Annual report of the Punjab Veterinary College and of the Civil Veterinary Department, Punjab - 1920-1925
Year: 1920
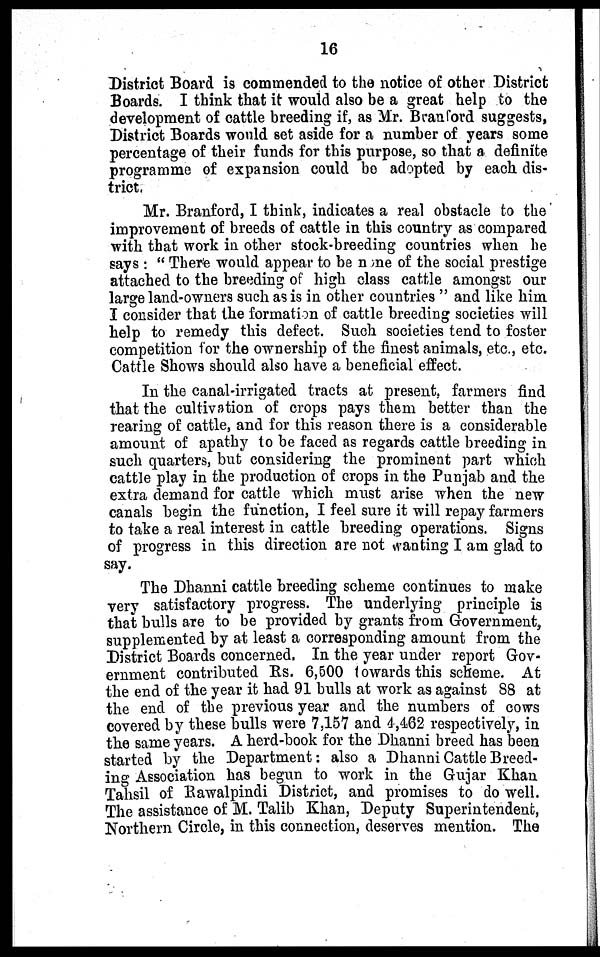
16
District Board is commended to the notice of other District
Boards. I think that it would also be a great help to the
development of cattle breeding if, as Mr. Branford suggests,
District Boards would set aside for a number of years some
percentage of their funds for this purpose, so that a definite
programme of expansion could be adopted by each dis-
trict.
Mr. Branford, I think, indicates a real obstacle to the
improvement of breeds of cattle in this country as compared
with that work in other stock-breeding countries when he
says : "There would appear to be none of the social prestige
attached to the breeding of high class cattle amongst our
large land-owners such as is in other countries" and like him
I consider that the formation of cattle breeding societies will
help to remedy this defect. Such societies tend to foster
competition for the ownership of the finest animals, etc., etc.
Cattle Shows should also have a beneficial effect.
In the canal-irrigated tracts at present, farmers find
that the cultivation of crops pays them better than the
rearing of cattle, and for this reason there is a considerable
amount of apathy to be faced as regards cattle breeding in
such quarters, but considering the prominent part which
cattle play in the production of crops in the Punjab and the
extra demand for cattle which must arise when the new
canals begin the function, I feel sure it will repay farmers
to take a real interest in cattle breeding operations. Signs
of progress in this direction are not wanting I am glad to
say.
The Dhanni cattle breeding scheme continues to make
very satisfactory progress. The underlying principle is
that bulls are to be provided by grants from Government,
supplemented by at least a corresponding amount from the
District Boards concerned, In the year under report Gov-
ernment contributed Rs. 6,500 towards this scheme. At
the end of the year it had 91 bulls at work as against 88 at
the end of the previous year and the numbers of cows
covered by these bulls were 7,157 and 4,462 respectively, in
the same years. A herd-book for the Dhanni breed has been
started by the Department: also a Dhanni Cattle Breed-
ing Association has begun to work in the Gujar Khan
Tahsil of Rawalpindi District, and promises to do well.
The assistance of M. Talib Khan, Deputy Superintendent,
Northern Circle, in this connection, deserves mention. The